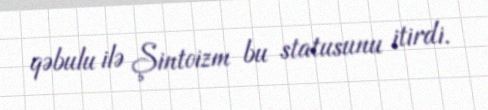
qəbulu ilə Şintoizm bu statusunu itirdi.